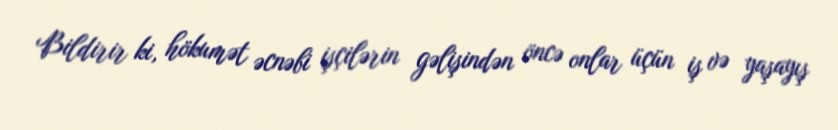
Bildirir ki, hökumət əcnəbi işçilərin gəlişindən öncə onlar üçün iş və yaşayış